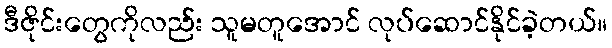
ဒီဇိုင်းတွေကိုလည်း သူမတူအောင် လုပ်ဆောင်နိုင်ခဲ့တယ်။